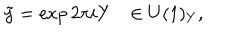
\tilde { y } = \exp 2 \pi i Y \ \ \ \in U ( 1 ) _ { Y } ,